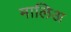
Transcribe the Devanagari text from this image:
मालिअ